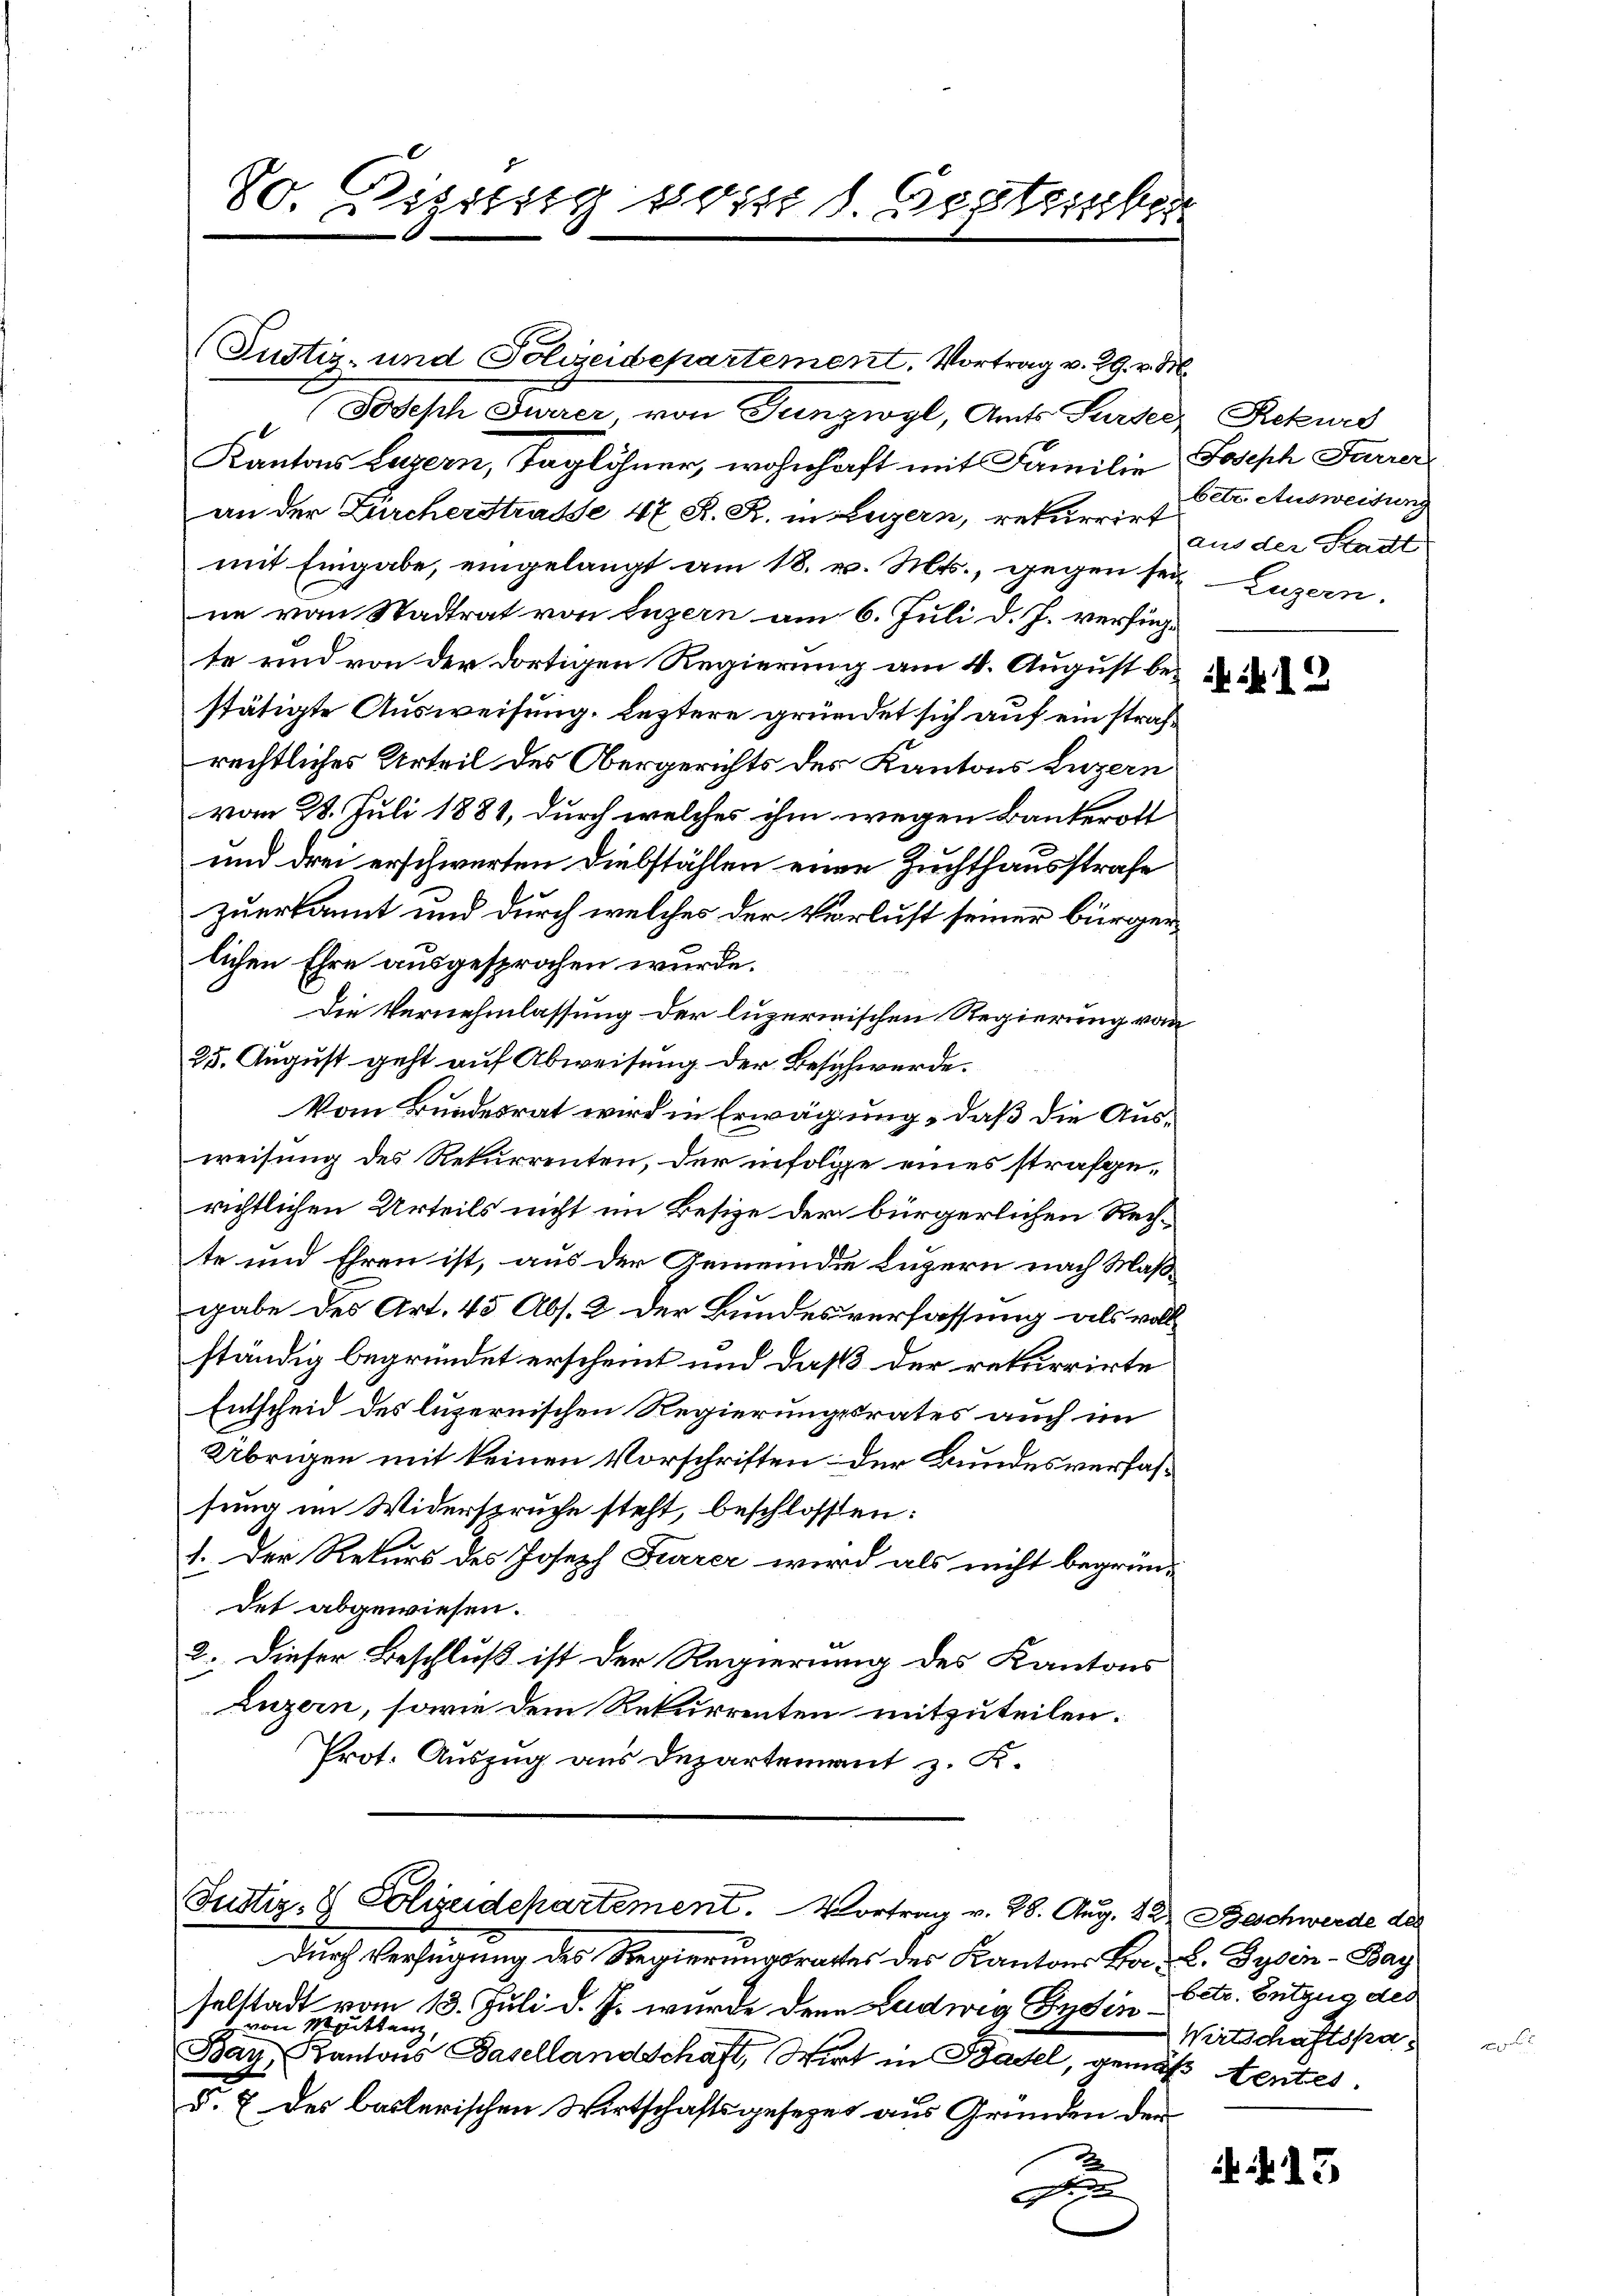
80. Dissesig vom 1. September

(Justiz- und Polizeidepartement. Vortrag v. 29. v. M.
Joseph Furrer von Junzwyl, Amts Sursee, Rekurs
Kantons Luzern, Taglöhner, wohnhaft mit Familie Joseph Farrer
an der Zürcherstrasse 47 S. R. in Luzern, rekurrirt
mit Eingabe, eingelangt am 18. v. Mts., gegen sein Luzern.
ne von Stadtrat von Luzern am 6. Juli d. J. verfügte und von der dortigen Regierung am 4. August bestätigte Ausweisung, leztere gründet sich auf ein strafrechtliches Urteil des Obergerichts des Kantons Luzern
vom 28. Juli 1881, durch welches ihm wegen Bankerott
und drei erschwerten Diebstählen eine Zuchthausstrafe
zuerkannt und durch welches der Verlust seiner bürgerlichen Ehre ausgesprochen würde.
Die Vernehmlassung der luzernischen Regierung vom
25. August geht auf Abweisung der Beschwerde.
Vom Bundesrat wird in Erwägung, daß die Ausweisung des Rekurrenten, der infolge eines strafgerichtlichen Urteils nicht im Besize der bürgerlichen Rechte und Ehren ist, aus der Gemeinde Luzern nach Maßgabe des Art. 45 Abs. 2 der Bundesverfassung als voll-
ständig begründet erscheint und daß der rekurrirte
Entscheid des luzernischen Regierungsrates auch im
Übrigen mit keinen Vorschriften der Bundesverfassung im Widerspruche steht, beschlossen:
1. Der Rekurs des Joseph Feurer wird als nicht begrün-
det abgewiesen.
2. Dieser Beschluß ist der Regierung des Kantons
Luzern, sowie dem Rekurrenten mitzuteilen.
Prot. Auszug aus Departement z. K.

Justiz- & Polizeidepartement. Vortrag v. 28. Aug. 12. Beschwerde des

Durch Verfügung des Regierungsrathes des Kantons Ba- L. Gysen - Bay
selstadt vom 13. Juli d. J. wurde denn Ludwig Endin Estr. Entzug des
von Mittenz,
Bay, Kantons Basellandschaft, Wirt in Basel, gemäß entes.
d. 7 des baslerischen Wirtschaftsgesezes aus Gründen den
2

betr. Ausweisung
aus der Stadt

12

Wirtschaftspa¬

N. 13